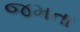
જમતા